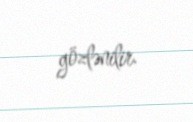
gözlənilir.